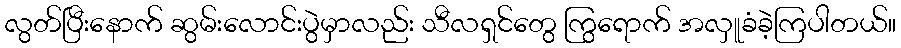
လွတ်ပြီးနောက် ဆွမ်းလောင်းပွဲမှာလည်း သီလရှင်တွေ ကြွရောက် အလှူခံခဲ့ကြပါတယ်။